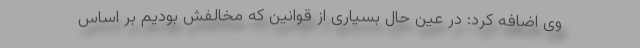
وی اضافه کرد: در عین حال بسیاری از قوانین که مخالفش بودیم بر اساس